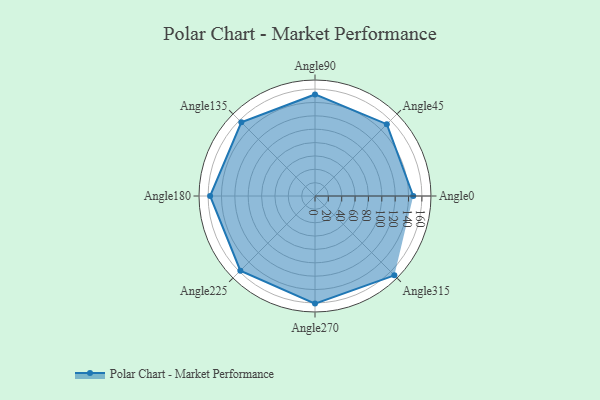
{"axis": {"x": "Angle", "y": "Radius"}, "legend": [""], "data": [{"x": "Angle0", "y": 147.0, "type": ""}, {"x": "Angle45", "y": 152.0, "type": ""}, {"x": "Angle90", "y": 152.0, "type": ""}, {"x": "Angle135", "y": 156.0, "type": ""}, {"x": "Angle180", "y": 157.0, "type": ""}, {"x": "Angle225", "y": 158.0, "type": ""}, {"x": "Angle270", "y": 161.0, "type": ""}, {"x": "Angle315", "y": 168.0, "type": ""}]}